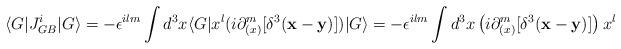
LaTeX: \begin{align*}\langle G \vert J_{GB}^i \vert G \rangle = - \epsilon^{ilm} \int d^3 x\langle G \vert x^l (i \partial _{(x)} ^m [\delta^3 ({\bf x-y})]) \vert G \rangle = - \epsilon^{ilm} \int d^3 x \left(i \partial _{(x)} ^m [\delta^3 ({\bf x-y})] \right) x^l\end{align*}